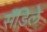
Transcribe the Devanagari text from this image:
सँडिले